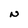
Character: N